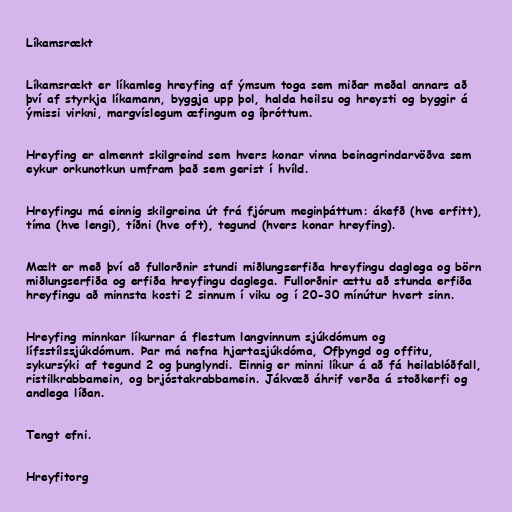
Líkamsrækt

Líkamsrækt er líkamleg hreyfing af ýmsum toga sem miðar meðal annars að
því af styrkja líkamann, byggja upp þol, halda heilsu og hreysti og byggir á
ýmissi virkni, margvíslegum æfingum og íþróttum.

Hreyfing er almennt skilgreind sem hvers konar vinna beinagrindarvöðva sem
eykur orkunotkun umfram það sem gerist í hvíld.

Hreyfingu má einnig skilgreina út frá fjórum meginþáttum: ákefð (hve erfitt),
tíma (hve lengi), tíðni (hve oft), tegund (hvers konar hreyfing).

Mælt er með því að fullorðnir stundi miðlungserfiða hreyfingu daglega og börn
miðlungserfiða og erfiða hreyfingu daglega. Fullorðnir ættu að stunda erfiða
hreyfingu að minnsta kosti 2 sinnum í viku og í 20-30 mínútur hvert sinn.

Hreyfing minnkar líkurnar á flestum langvinnum sjúkdómum og
lífsstílssjúkdómum. Þar má nefna hjartasjúkdóma, Ofþyngd og offitu,
sykursýki af tegund 2 og þunglyndi. Einnig er minni líkur á að fá heilablóðfall,
ristilkrabbamein, og brjóstakrabbamein. Jákvæð áhrif verða á stoðkerfi og
andlega líðan.

Tengt efni.

Hreyfitorg